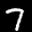
Label: 7